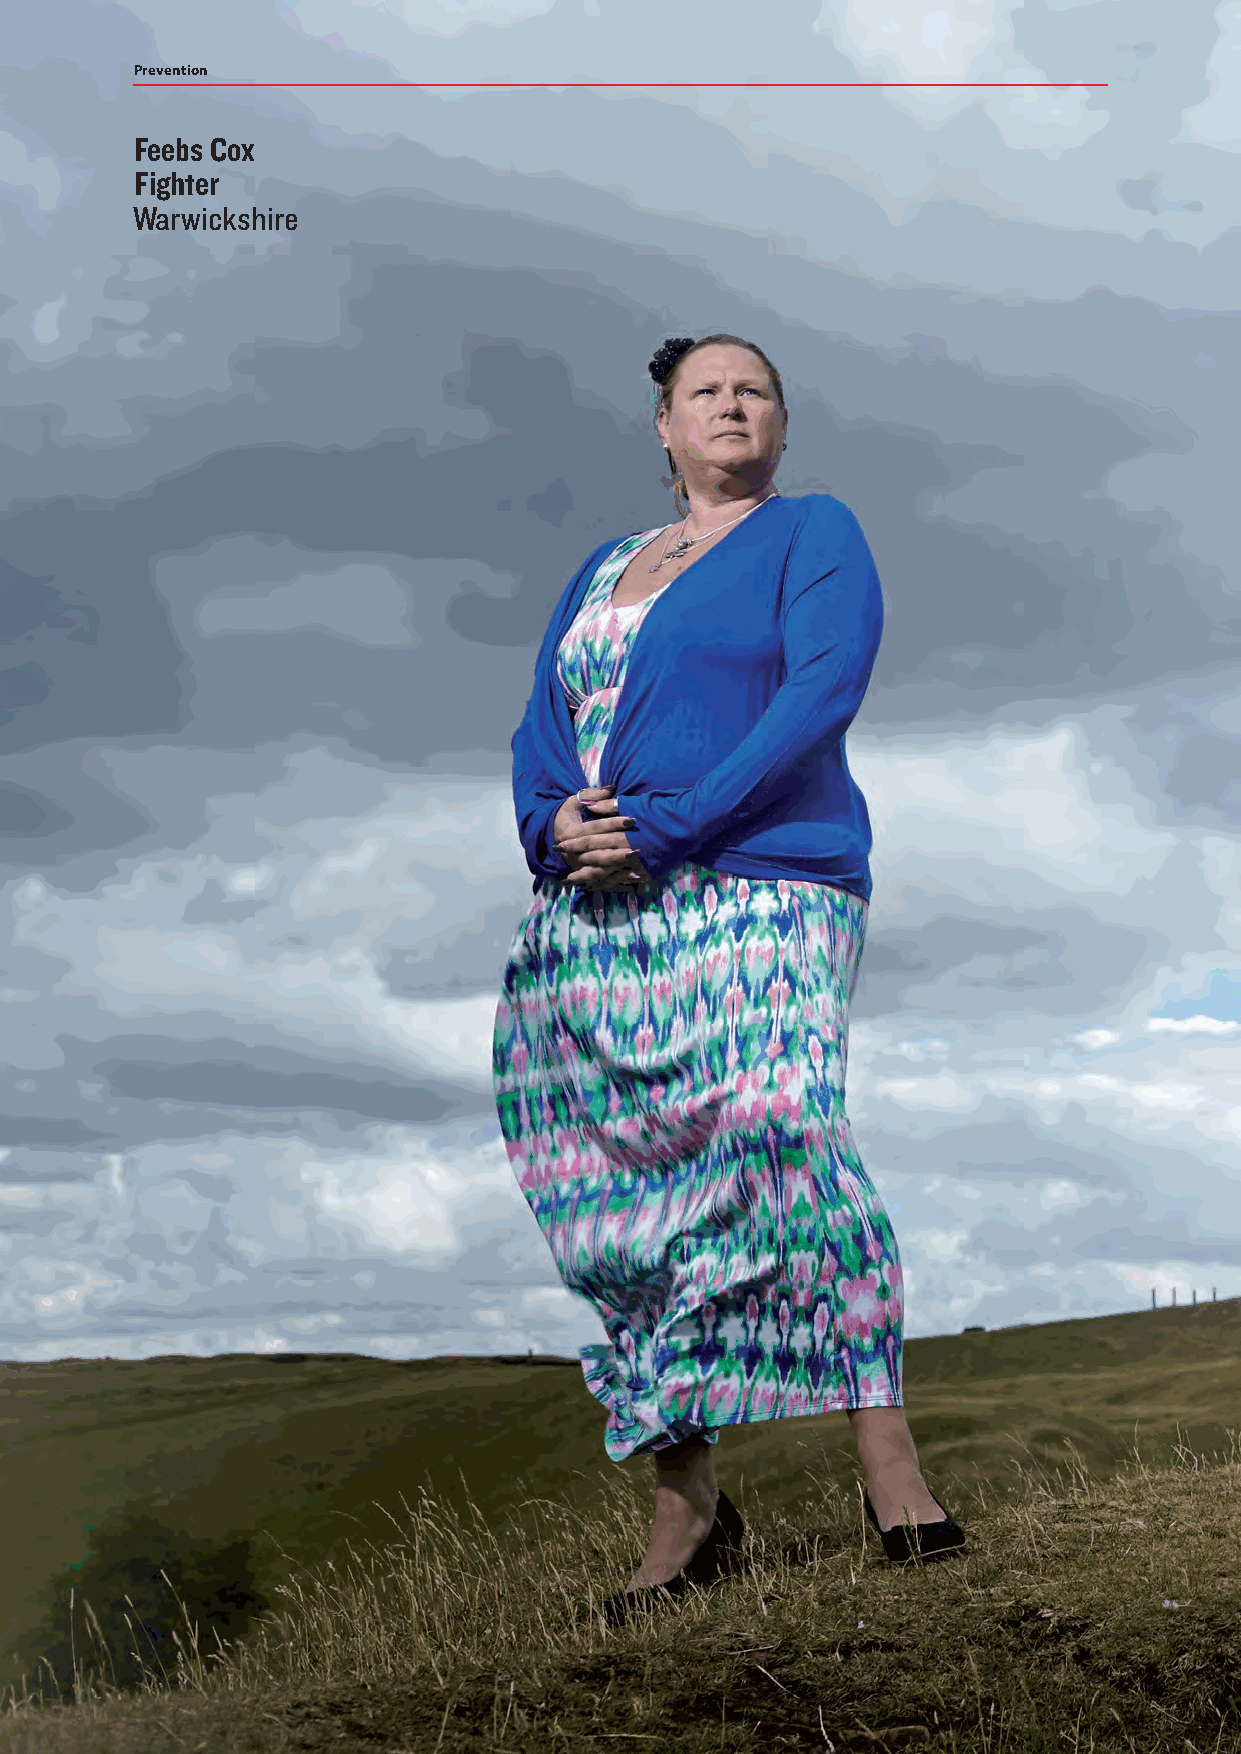
Prevention
 Feebs Cox
 Fighter
 Warwickshire